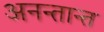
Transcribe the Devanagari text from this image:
अनन्तान्त